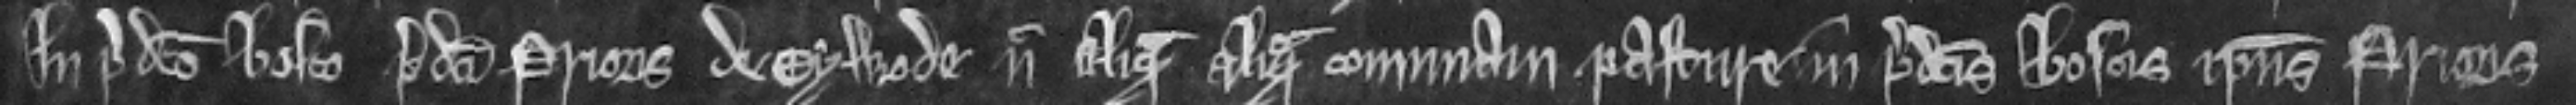
In predicto bosco predicti Prioris de Eywode nec aliquam aliquam comunam pasture in predictis bscis ipsius Prioris